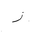
Letter: _zay